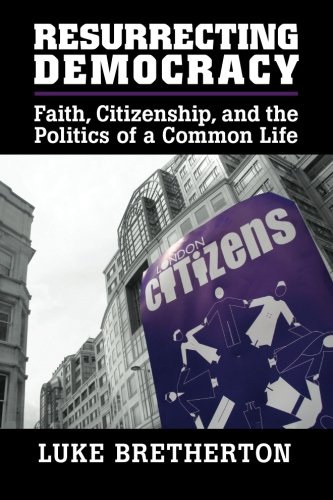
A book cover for Resurrecting Democracy: Faith, Citizenship, and the Politics of a Common Life (Cambridge Studies in Social Theory, Religion and Politics); Luke Bretherton; Law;